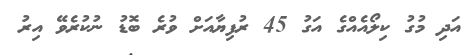
އަދި މުގު ކިލޯއެއްގެ އަގު 45 ރުފިޔާއަށް ވުރެ ބޮޑު ނުކުރެވޭ އިރު